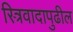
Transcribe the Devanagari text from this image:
स्त्रिवादापुढील